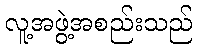
လူ့အဖွဲ့အစည်းသည်